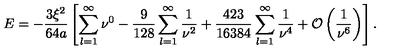
E = - \frac { 3 \xi ^ { 2 } } { 6 4 a } \left[ \sum _ { l = 1 } ^ { \infty } \nu ^ { 0 } - \frac { 9 } { 1 2 8 } \sum _ { l = 1 } ^ { \infty } \frac { 1 } { \nu ^ { 2 } } + \frac { 4 2 3 } { 1 6 3 8 4 } \sum _ { l = 1 } ^ { \infty } \frac { 1 } { \nu ^ { 4 } } + { \cal O } \left( \frac { 1 } { \nu ^ { 6 } } \right) \right] { . }